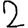
Digit: 2